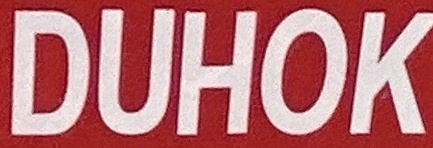
DUHOK